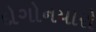
દોગોનયારો